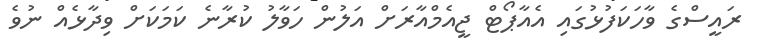
ރައީސްގެ ވާހަކަފުޅުގައި އެއާޕޯޓް ޖީއެމްއާރަށް އަލުން ހަވާލު ކުރާނެ ކަމަކަށް ވިދާޅެއް ނުވެ